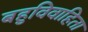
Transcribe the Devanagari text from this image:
बहुविवाहिता